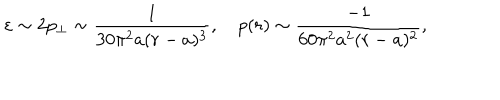
\varepsilon \sim 2 p _ { \perp } \sim \frac { 1 } { 3 0 \pi ^ { 2 } a ( r - a ) ^ { 3 } } , \quad p ( r ) \sim \frac { - 1 } { 6 0 \pi ^ { 2 } a ^ { 2 } ( r - a ) ^ { 2 } } ,